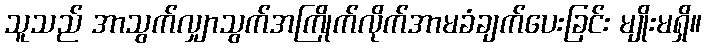
သူသည် အာသွက်လျှာသွက်အကြိုက်လိုက်အာမခံချက်ပေးခြင်း မျိုးမရှိ။